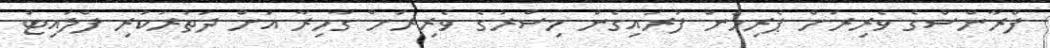
ފްރާންސްގެ ވެރިރަށް ޕެރިހުން ފުރައިގެން މިސްރުގެ ވެރިރަށް ގާހިރާ އަށް ދަތުރުކުރި ފްލައިޓު